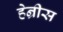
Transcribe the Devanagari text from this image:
हेन्रीस